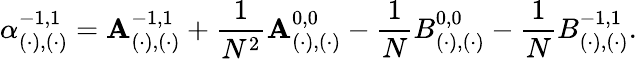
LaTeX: \alpha_{(\cdot),(\cdot)}^{-1,1}=\mathbf{A}_{(\cdot),(\cdot)}^{-1,1}+\frac{{1}}{{N^{2}}}\mathbf{A}_{(\cdot),(\cdot)}^{0,0}-\frac{{1}}{{N}}B_{(\cdot),(\cdot)}^{0,0}-\frac{{1}}{{N}}B_{(\cdot),(\cdot)}^{-1,1}.